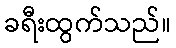
ခရီးထွက်သည်။